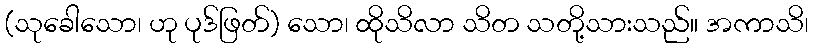
(သုခေါသော၊ ဟု ပုဒ်ဖြတ်) သော၊ ထိုသိလာ သိတ သတို့သားသည်။ အကာသိ၊